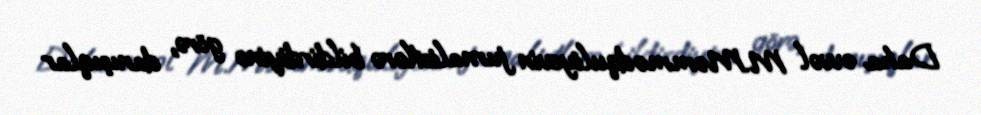
Daha əvvəl M.Məmmədquliyevin jurnalistlərə bildirdiyinə görə, danışıqlar